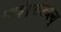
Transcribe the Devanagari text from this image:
आईएसडब्ल्यू